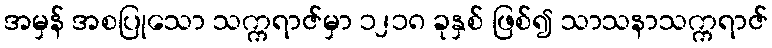
အမှန် အစပြုသော သက္ကရာဇ်မှာ ၁၂၁၈ ခုနှစ် ဖြစ်၍ သာသနာသက္ကရာဇ်